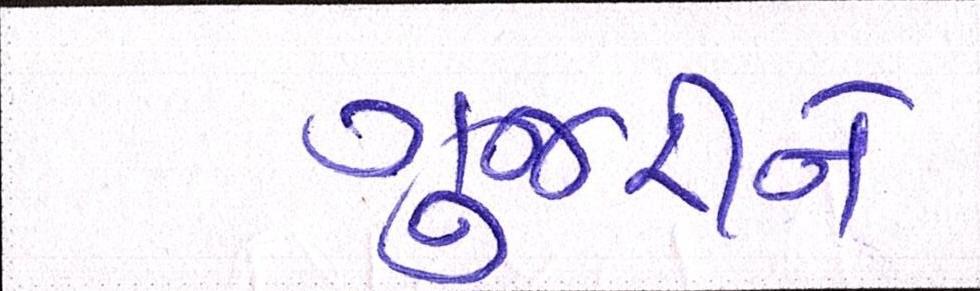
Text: ગુજારીને